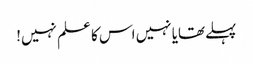
پہلےتھایا نہیں اس کا علم نہیں!